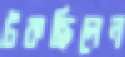
টকছিলেন